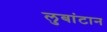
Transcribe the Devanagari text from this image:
लुबांटान